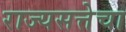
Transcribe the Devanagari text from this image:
राज्यसत्तेचा